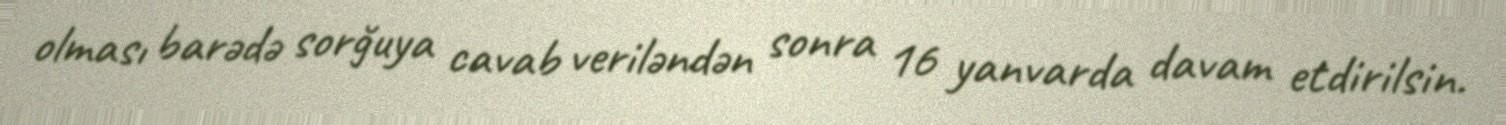
olması barədə sorğuya cavab veriləndən sonra 16 yanvarda davam etdirilsin.